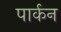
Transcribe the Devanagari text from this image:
पार्कन